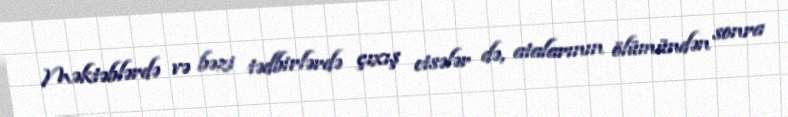
Məktəblərdə və bəzi tədbirlərdə çıxış etsələr də, atalarının ölümündən sonra